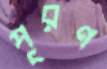
পূরণ